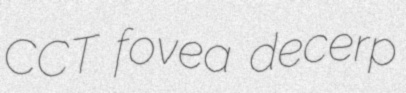
CCT fovea decerp